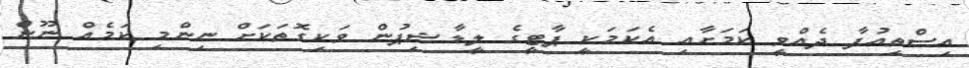
އިސްތިއުފާ ދެއްވީ ކަމަށާއި އެކަމަކީ ޕާޓީގެ ލީޑާޝިޕުން ވަކިގޮތަކަށް ނިންމި ކަމެއް ނޫން